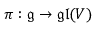
\pi : { \mathfrak { g } } \to { \mathfrak { g l } } ( V )